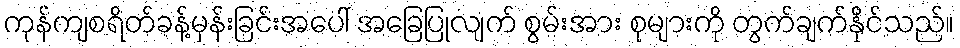
ကုန်ကျစရိတ်ခန့်မှန်းခြင်းအပေါ် အခြေပြုလျက် စွမ်းအား စုများကို တွက်ချက်နိုင်သည်။